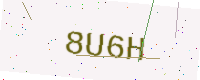
Text: 8U6H